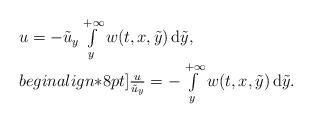
LaTeX: \begin{align*}\begin{array}{ll}u= -\tilde{u}_y \int\limits_y^{+\infty} w(t,x,\tilde{y}) \,\mathrm{d}\tilde{y},\\begin{align*}8pt]\frac{u}{\tilde{u}_y} = - \int\limits_y^{+\infty} w(t,x,\tilde{y}) \,\mathrm{d}\tilde{y}.\end{array}\end{align*}